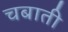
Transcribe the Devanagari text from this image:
चबाती